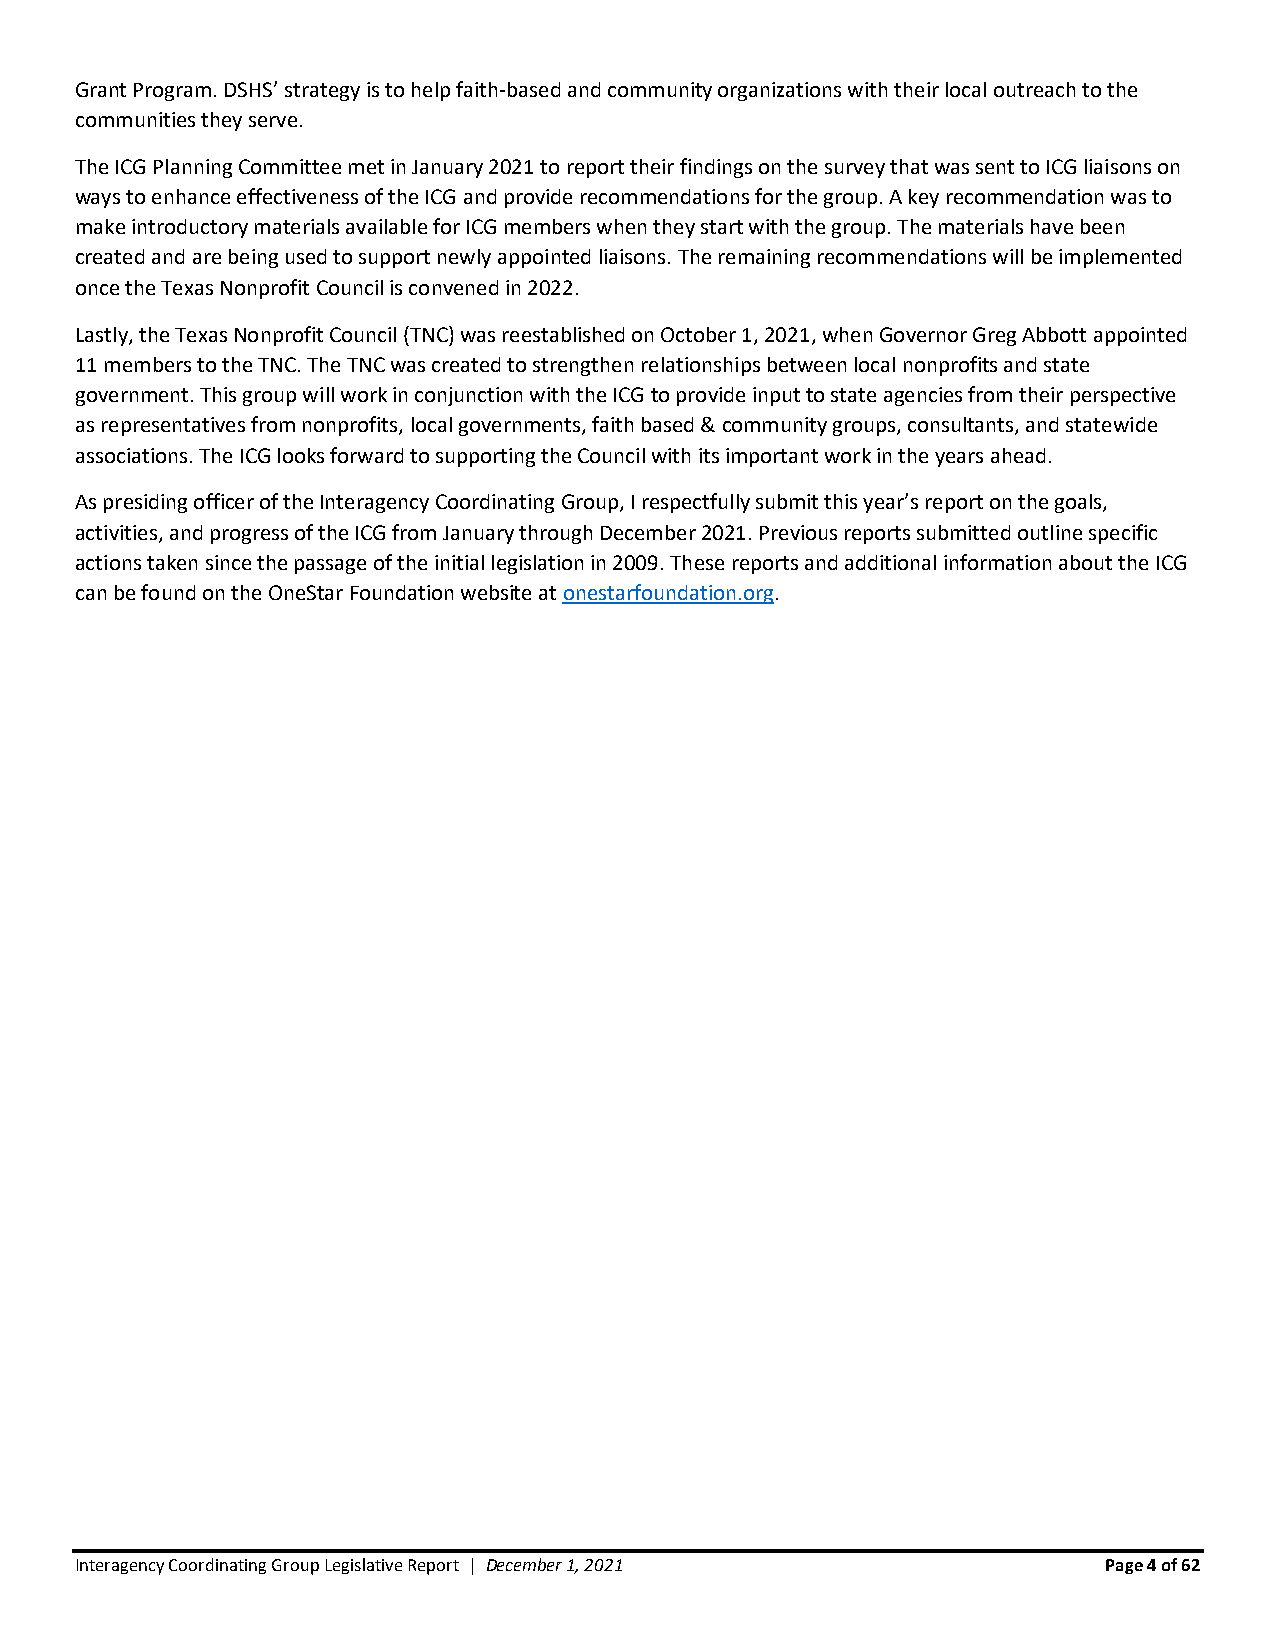
Grant Program. DSHS’ strategy is to help faith-based and community organizations with their local outreach to the
 communities they serve.
 The ICG Planning Committee met in January 2021 to report their findings on the survey that was sent to ICG liaisons on
 ways to enhance effectiveness of the ICG and provide recommendations for the group. A key recommendation was to
 make introductory materials available for ICG members when they start with the group. The materials have been
 created and are being used to support newly appointed liaisons. The remaining recommendations will be implemented
 once the Texas Nonprofit Council is convened in 2022.
 Lastly, the Texas Nonprofit Council (TNC) was reestablished on October 1, 2021, when Governor Greg Abbott appointed
 11 members to the TNC. The TNC was created to strengthen relationships between local nonprofits and state
 government. This group will work in conjunction with the ICG to provide input to state agencies from their perspective
 as representatives from nonprofits, local governments, faith based & community groups, consultants, and statewide
 associations. The ICG looks forward to supporting the Council with its important work in the years ahead.
 As presiding officer of the Interagency Coordinating Group, I respectfully submit this year’s report on the goals,
 activities, and progress of the ICG from January through December 2021. Previous reports submitted outline specific
 actions taken since the passage of the initial legislation in 2009. These reports and additional information about the ICG
 can be found on the OneStar Foundation website at onestarfoundation.org.
 Interagency Coordinating Group Legislative Report | December 1, 2021 Page 4 of 62